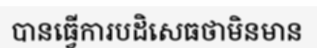
បានធ្វើការបដិសេធថាមិនមាន